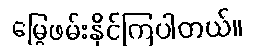
မြွေဖမ်းနိုင်ကြပါတယ်။